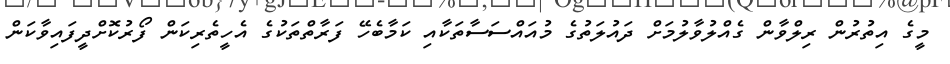
މީގެ އިތުރުން ރިލްވާން ގެއްލުވާލުމަށް ދައުލަތުގެ މުއައްސަސާތަކާއި ކަމާބެހޭ ފަރާތްތަކުގެ އެހީތެރިކަން ފޯރުކޮށްދީފައިވާކަން